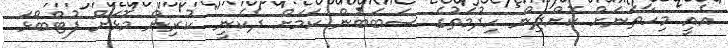
އެއީ މިހާތަނަށް ކޮށްދިން ހިދުމަތުގެ ސަބަބުން ކަމަށް ދެކެނީ" ކުރިން މޮޅަށް ފުޓްބޯޅަ